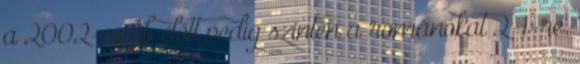
a 2002-es vb előtt pedig szintén a románokat 2-1-re.